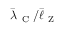
\bar { \lambda } _ { \mathrm { ~ C ~ } } / \bar { \ell } _ { \mathrm { ~ Z ~ } }